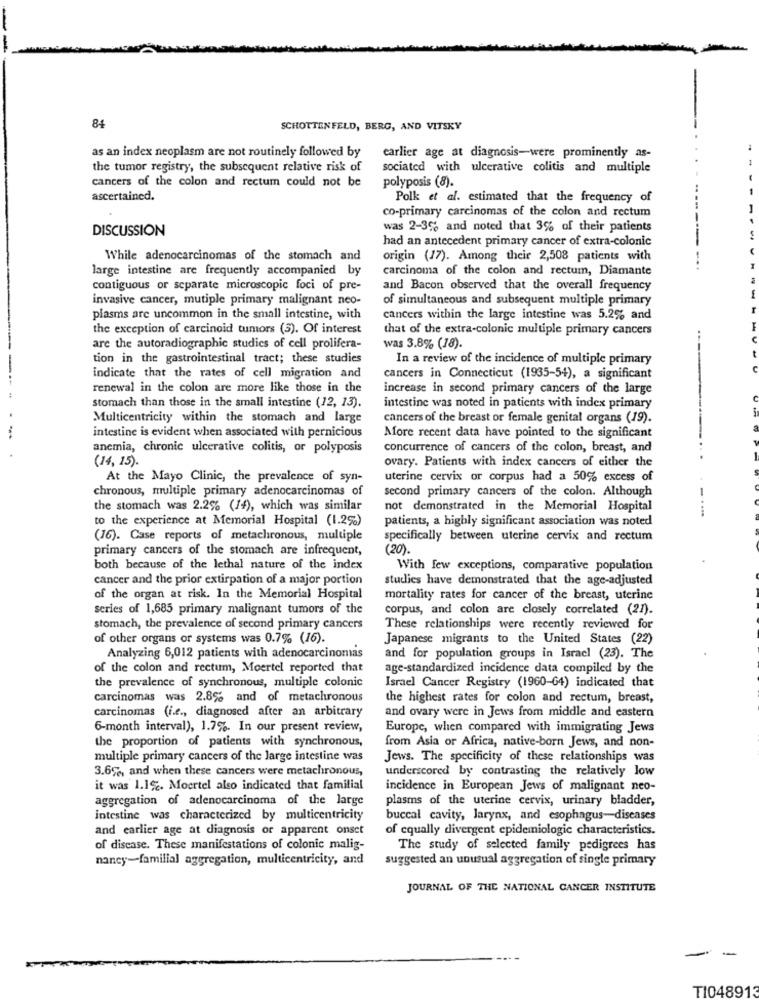
84
SCHOTTENFELD, BERG, AND VITSKY
as an index neoplasm are not routinely followed by
earlier age at diagnosis-were prominently as-
the tumor registry, the subsequent relative risk of
sociated with ulcerative colitis and multiple
cancers of the colon and rectum could not be
polyposis (8).
ascertained.
Polk et al. estimated that the frequency of
co-primary carcinomas of the colon and rectum
DISCUSSION
was 2-3% and noted that 3% of their patients
had an antecedent primary cancer of extra-colonic
-----
While adenocarcinomas of the stomach and
origin (17). Among their 2,508 patients with
large intestine are frequently accompanied by
carcinoma of the colon and rectum, Diamante
-..
contiguous or separate microscopic foci of pre-
and Bacon observed that the overall frequency
invasive cancer, mutiple primary malignant neo-
of simultaneous and subsequent multiple primary
plasms are uncommon in the small intestine, with
cancers within the large intestine was 5.2% and
the exception of carcinoid tumors (5). Of interest
that of the extra-colonic multiple primary cancers
are the autoradiographic studies of cell prolifera-
was 3.8% (18).
tion in the gastrointestinal tract; these studies
In a review of the incidence of multiple primary
U
indicate that the rates of cell migration and
cancers in Connecticut (1935-54), a significant
renewal in the colon are more like those in the
increase in second primary cancers of the large
stomach than those in the small intestine (12, 13).
intestine was noted in patients with index primary
Multicentricity within the stomach and large
cancers of the breast or female genital organs (19).
intestine is evident when associated with pernicious
More recent data have pointed to the significant
anemia, chronic ulcerative colitis, or polyposis
concurrence of cancers of the colon, breast, and
(14, 15).
ovary. Patients with index cancers of either the
..
At the Mayo Clinic, the prevalence of syn-
uterine cervix or corpus had a 50% excess of
chronous, multiple primary adenocarcinomas of
second primary cancers of the colon. Although
the stomach was 2.2% (14), which was similar
not demonstrated in the Memorial Hospital
-----
to the experience at Memorial Hospital (1.2%)
patients, a highly significant association was noted
(16). Case reports of metachronous, multiple
specifically between uterine cervix and rectum
primary cancers of the stomach are infrequent,
(20).
both because of the lethal nature of the index
With few exceptions, comparative population
cancer and the prior extirpation of a major portion
studies have demonstrated that the age-adjusted
of the organ at risk. In the Memorial Hospital
mortality rates for cancer of the breast, uterine
series of 1,685 primary malignant tumors of the
corpus, and colon are closely correlated (21).
stomach, the prevalence of second primary cancers
These relationships were recently reviewed for
of other organs or systems was 0.7% (16).
Japanese migrants to the United States (22)
Analyzing 6,012 patients with adenocarcinomas
and for population groups in Israel (23). The
of the colon and rectum, Moertel reported that
age-standardized incidence data compiled by the
Israel Cancer Registry (1960-64) indicated that
the prevalence of synchronous, multiple colonic
carcinomas was 2.8% and of metachronous
the highest rates for colon and rectum, breast,
carcinomas (i.e ., diagnosed after an arbitrary
and ovary were in Jews from middle and eastern
6-month interval), 1.7%. In our present review,
Europe, when compared with immigrating Jews
the proportion of patients with synchronous,
from Asia or Africa, native-born Jews, and non-
multiple primary cancers of the large intestine was
Jews. The specificity of these relationships was
3.6%, and when these cancers were metachronous,
underscored by contrasting the relatively low
it was 1.192. Moertel also indicated that familial
incidence in European Jews of malignant neo-
aggregation of adenocarcinoma of the large
plasms of the uterine cervix, urinary bladder,
intestine was characterized by multicentricity
buccal cavity, larynx, and esophagus-diseases
and earlier age at diagnosis or apparent onset
of equally divergent epidemiologic characteristics.
of disease. These manifestations of colonic malig-
The study of selected family pedigrees has
nancy-familial aggregation, multicentricity, and
suggested an unusual aggregation of single primary
JOURNAL OF THE NATIONAL CANCER INSTITUTE
TI048913